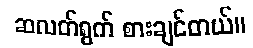
ဆလတ်ရွက် စားချင်တယ်။